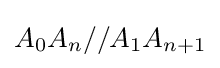
A_{0}A_{n}//A_{1}A_{n+1}